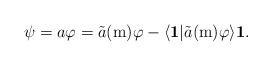
\begin{align*}\psi=a\varphi=\tilde{a}(\mathrm{m})\varphi-\langle\mathbf{1}|\tilde{a}(\mathrm{m})\varphi\rangle\mathbf{1}.\end{align*}